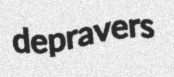
depravers